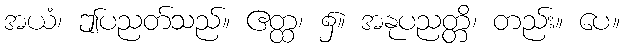
အယံ၊ ဤပညတ်သည်။ ဧတ္ထ၊ ၌။ အနုပညတ္တိ၊ တည်း။ ပေ။